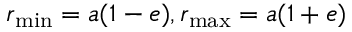
r _ { \operatorname* { m i n } } = a ( 1 - e ) , r _ { \operatorname* { m a x } } = a ( 1 + e )